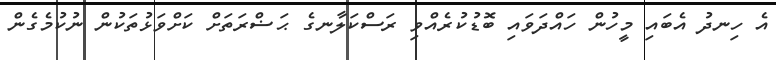
އެ ހިނދު އެބައި މީހުން ހައްދަވައި ބޮޑުކުރެއްވި ރަސްކަލާނގެ ޙަޟްރަތަށް ކަށްވަޅުތަކުން ނުކުމެގެން